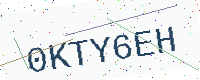
Text: 0KTY6EH